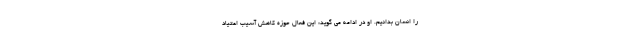
را انسان بدانیم. او در ادامه می گوید: این فعال حوزه کاهش آسیب اعتیاد